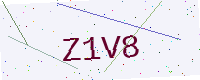
Text: Z1V8